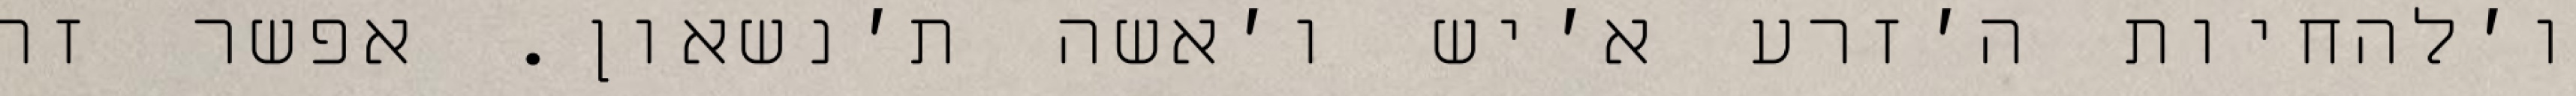
ו׳להחיות ה׳זרע א׳יש ו׳אשה ת׳נשאון. אפשר זה